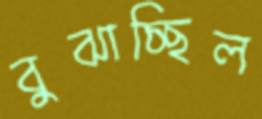
বুঝাচ্ছিল